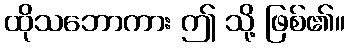
ထိုသဘောကား ဤ သို့ ဖြစ်၏။